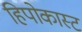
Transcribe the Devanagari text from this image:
हिपोकास्ट